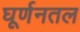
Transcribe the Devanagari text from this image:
घूर्णनतल